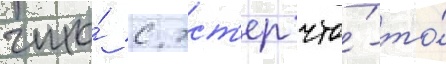
что́ с эст'ер что́-то́